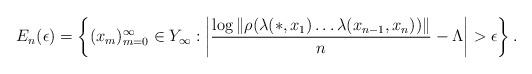
LaTeX: \begin{align*}E_n(\epsilon) = \left\{ (x_m)_{m=0}^\infty \in Y_\infty : \left| \frac{\log\|\rho(\lambda(\ast,x_1) \ldots \lambda(x_{n-1},x_n))\|}{n} - \Lambda \right| > \epsilon \right\}.\end{align*}